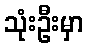
သုံးဦးမှာ